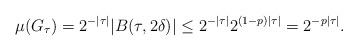
LaTeX: \begin{align*}\mu (G_\tau) = 2^{-|\tau|}|B(\tau,2\delta)| \le 2^{-|\tau|}2^{(1-p)|\tau|} = 2^{-p|\tau|}. \end{align*}